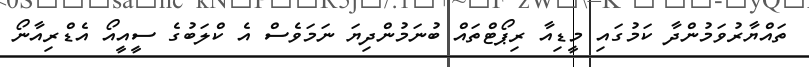
ތައްޔާރުވަމުންދާ ކަމުގައި މީޑިއާ ރިޕޯޓްތައް ބުނަމުންދިޔަ ނަމަވެސް އެ ކްލަބުގެ ސީއީއޯ އެޑްރިއާނޯ